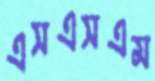
এসএসএম